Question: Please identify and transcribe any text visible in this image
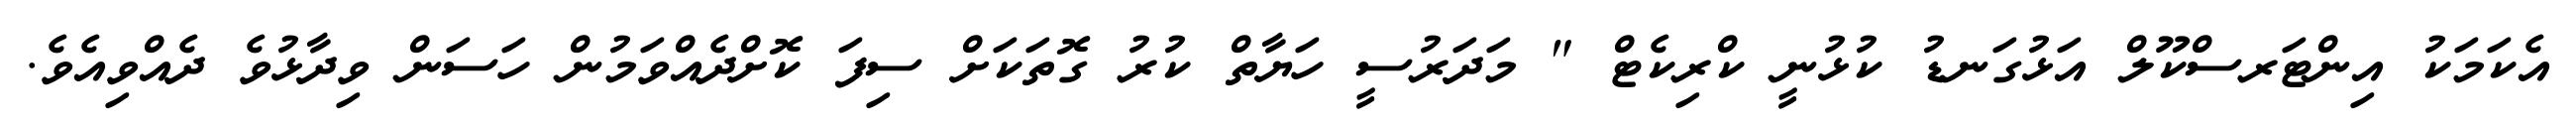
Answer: އެކަމަކު އިންޓަރސްކޫލް އަޅުގަނޑު ކުޅުނީ ކްރިކެޓް " މަދަރުސީ ހަޔާތް ކުރު ގޮތަކަށް ސިފަ ކޮށްދެއްވަމުން ހަސަން ވިދާޅުވެ ދެއްވިއެވެ.